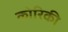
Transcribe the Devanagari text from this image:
कोरिकी